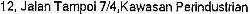
12, JALAN TAMPOI 7/4,KAWASAN PERINDUSTRIAN